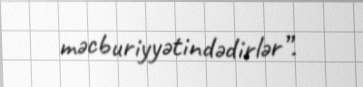
məcburiyyətindədirlər”.